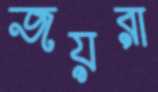
জয়রা